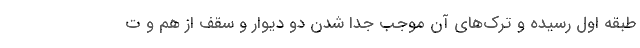
طبقه اول رسیده و ترک‌های آن موجب جدا شدن دو دیوار و سقف از هم و ت